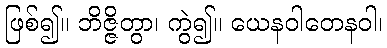
ဖြစ်၍။ ဘိဇ္ဇိတွာ၊ ကွဲ၍။ ယေနဝါတေနဝါ၊